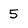
Character: 5